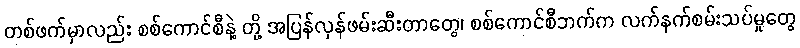
တစ်ဖက်မှာလည်း စစ်ကောင်စီနဲ့ တို့ အပြန်လှန်ဖမ်းဆီးတာတွေ၊ စစ်ကောင်စီဘက်က လက်နက်စမ်းသပ်မှုတွေ